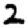
Digit: 2